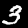
Label: 3